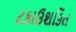
ટકાઉશકિત